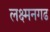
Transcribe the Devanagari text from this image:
लक्ष्मनगढ